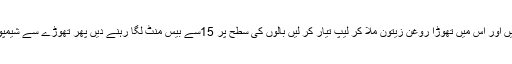
ایک انڈے کی سفیدی لے لیں اور اس میں تھوڑا روغن زیتون ملا کر لیپ تیار کر لیں بالوں کی سطح پر 15سے بیس منٹ لگا رہنے دیں پھر تھوڑے سے شیمپو اورپانی سے بال دھو لیں۔